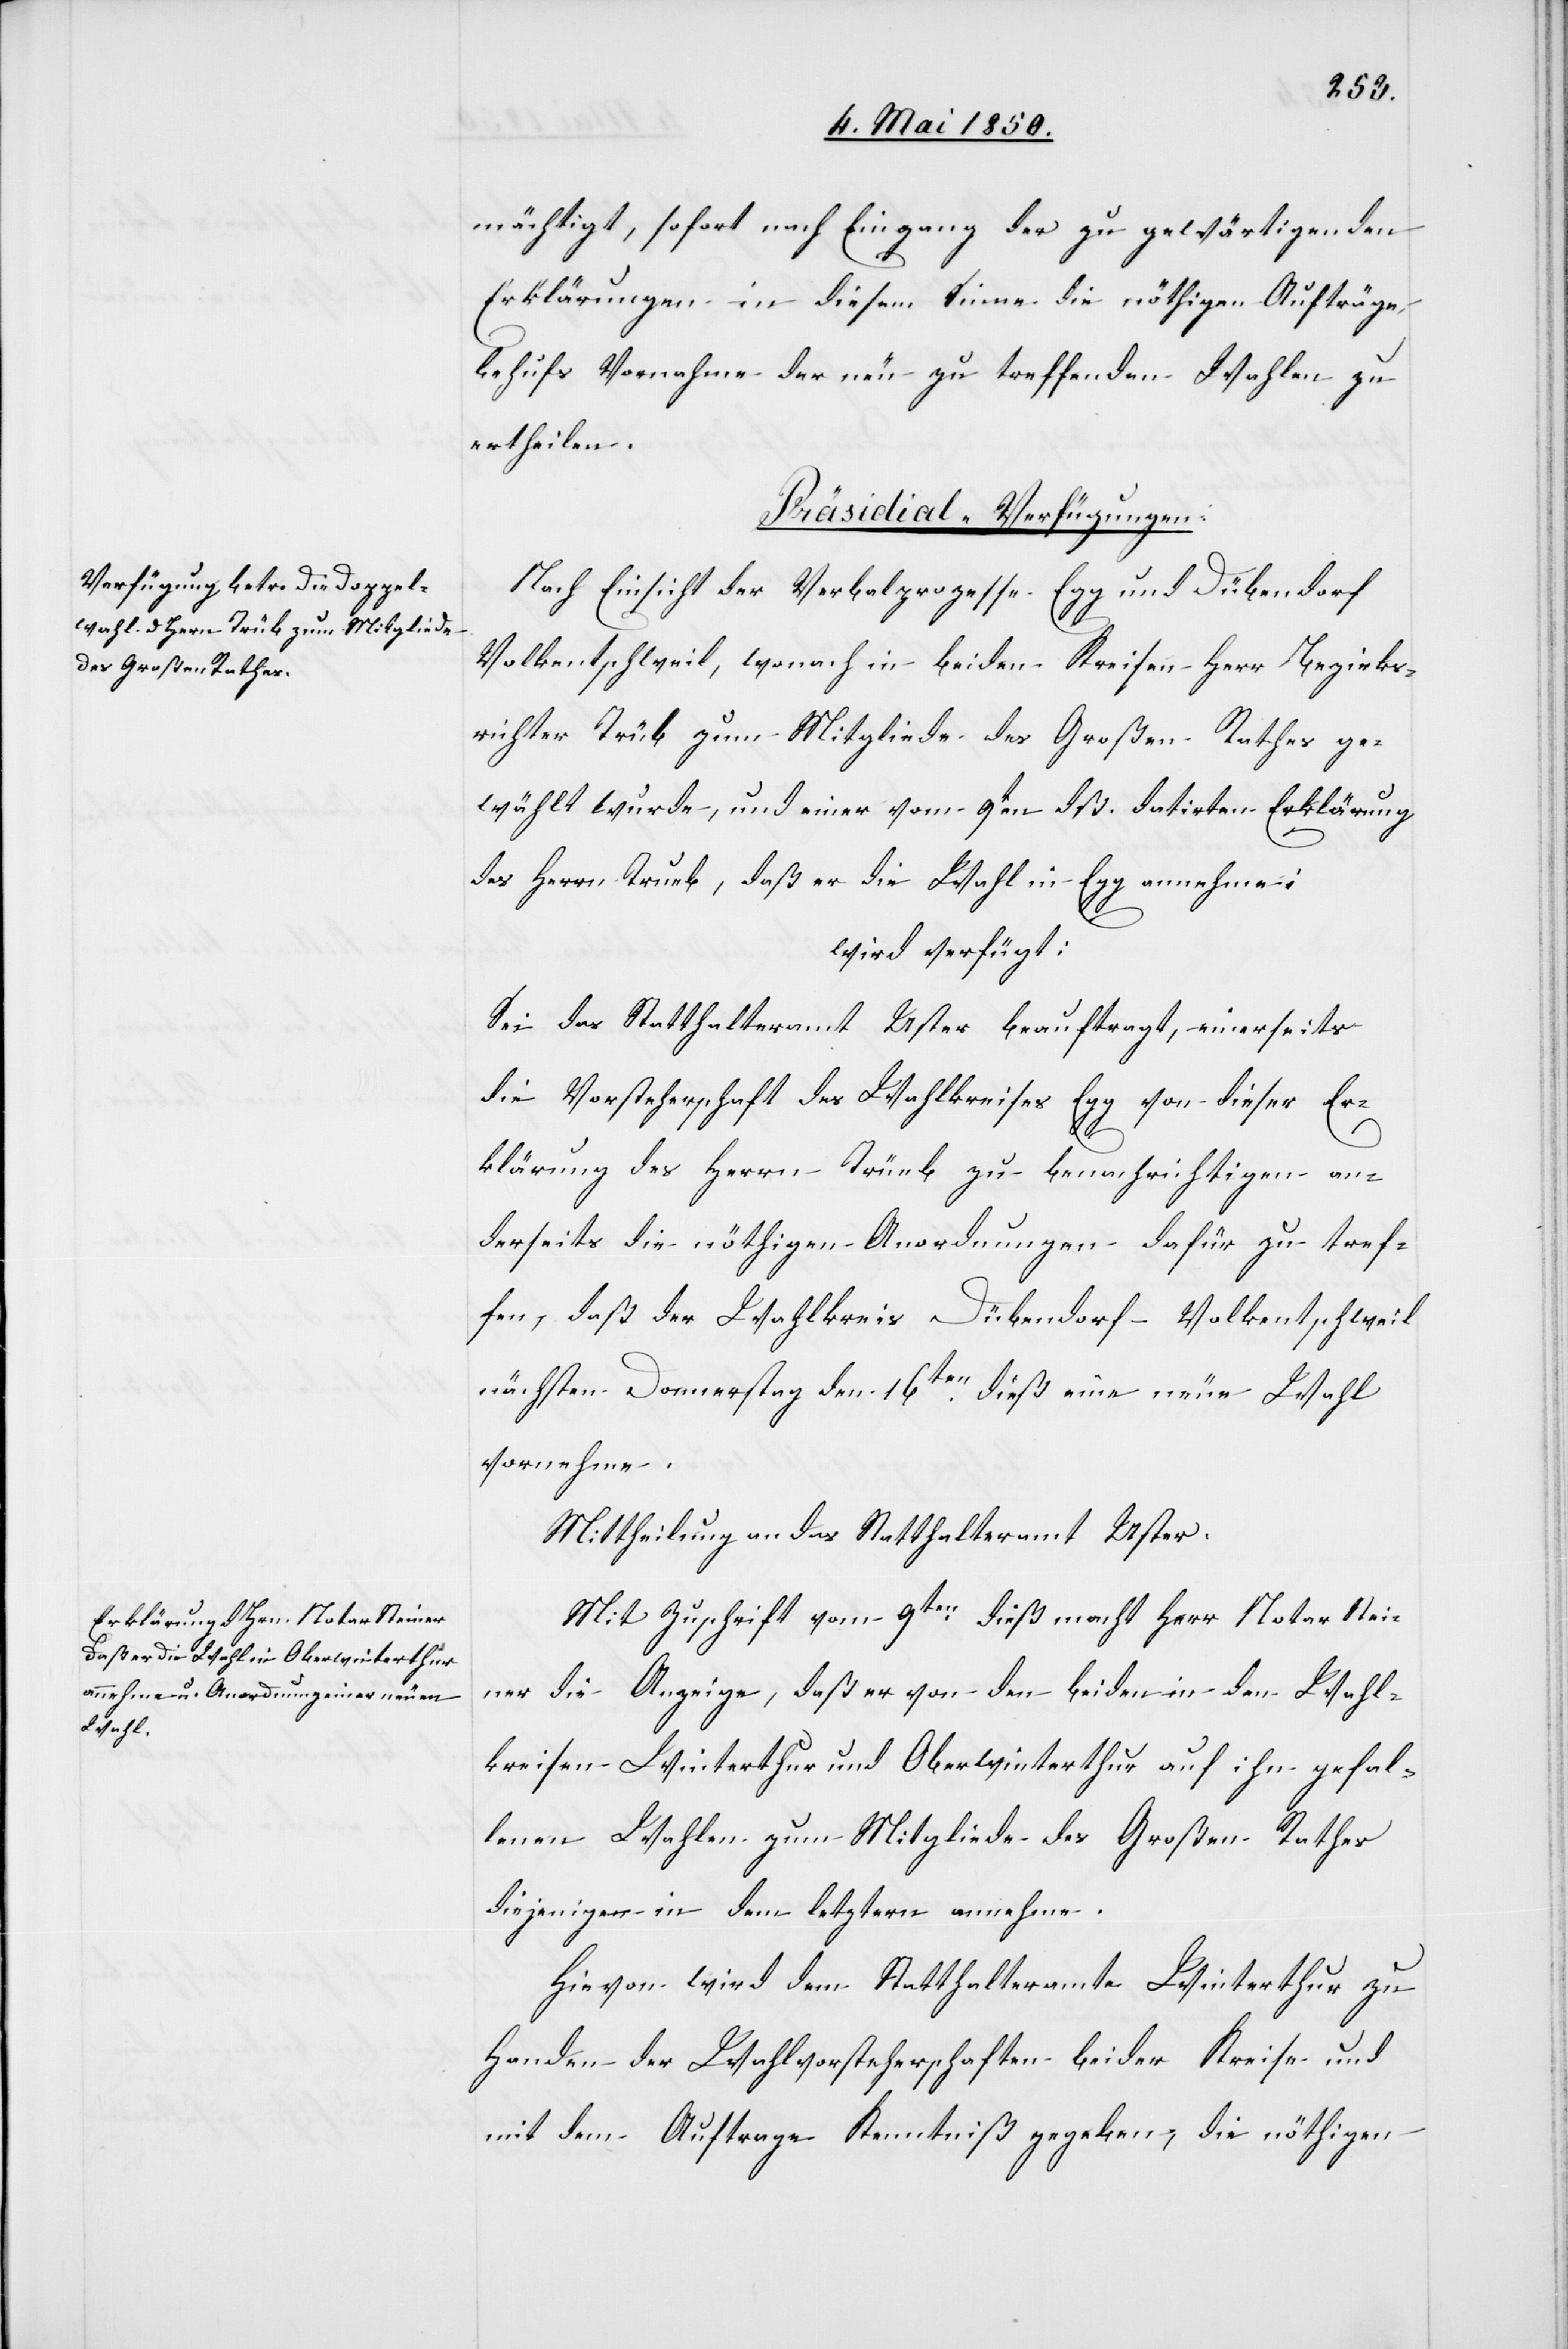
1850.]
mächtigt, sofort nach Eingang der zu gewärtigenden
Erklärungen in diesem Sinne die nöthigen Aufträge,
behufs Vornahme der neu zu treffenden Wahlen zu
ertheilen.
[Präsidial-Verfügungen.
Nach Einsicht der Verbalprozesse Egg und Dübendor¬
olkentschweil, wonach in beiden Kreisen Herr Bezirks¬
richter Trüb zum Mitgliede des Großen Rathes ge¬
wählt wurde, und einer vom 9ten dß. datirten Erklärung
des Herrn Trueb [sic!], daß er die Wahl in Egg annehme:
wird verfügt:
Sei das Statthalteramt Uster beauftragt, einerseits
die Vorsteherschaft des Wahlkreises Egg von dieser Er¬
klärung des Herrn Trüeb [sic!] zu benachrichtigen an¬
derseits die nöthigen Anordnungen dafür zu tref¬
fen, das der Wahlkreis Dübendorf-Volkentschweil
nächsten Donnerstag den 16ten dieß eine neue Wahl
vornehme.
Mittheilung an das Statthalteramt Uster.
Mit Zuschrift vom 9ten dieß macht Herr Notar Stei¬
ner die Anzeige, daß er von den beiden in den Wahl¬
kreisen Winterthur und Oberwinterthur auf ihn gefal¬
lenen Wahlen zum Mitgliede des Großen Rathes
diejenige in dem letztern annehme.
Hievon wird dem Statthalteramte Winterthur zu
Handen der Wahlvorsteherschaften beider Kreise und
mit dem Auftrage Kenntniß gegeben, die nöthigen